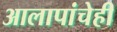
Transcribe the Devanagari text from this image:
आलापांचेही